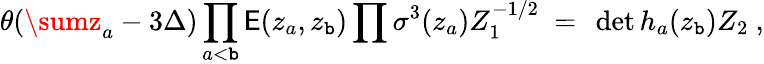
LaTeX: \theta(\sumz_{a}-3\Delta)\prod_{a<\mathtt{b}}\mathsf{E}(z_{a},z_{\mathtt{b}})\prod\sigma^{3}(z_{a})Z_{1}^{-1/2}~=~\operatorname*{det}h_{a}(z_{\mathtt{b}})Z_{2}~,